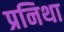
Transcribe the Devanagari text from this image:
प्रनिथा